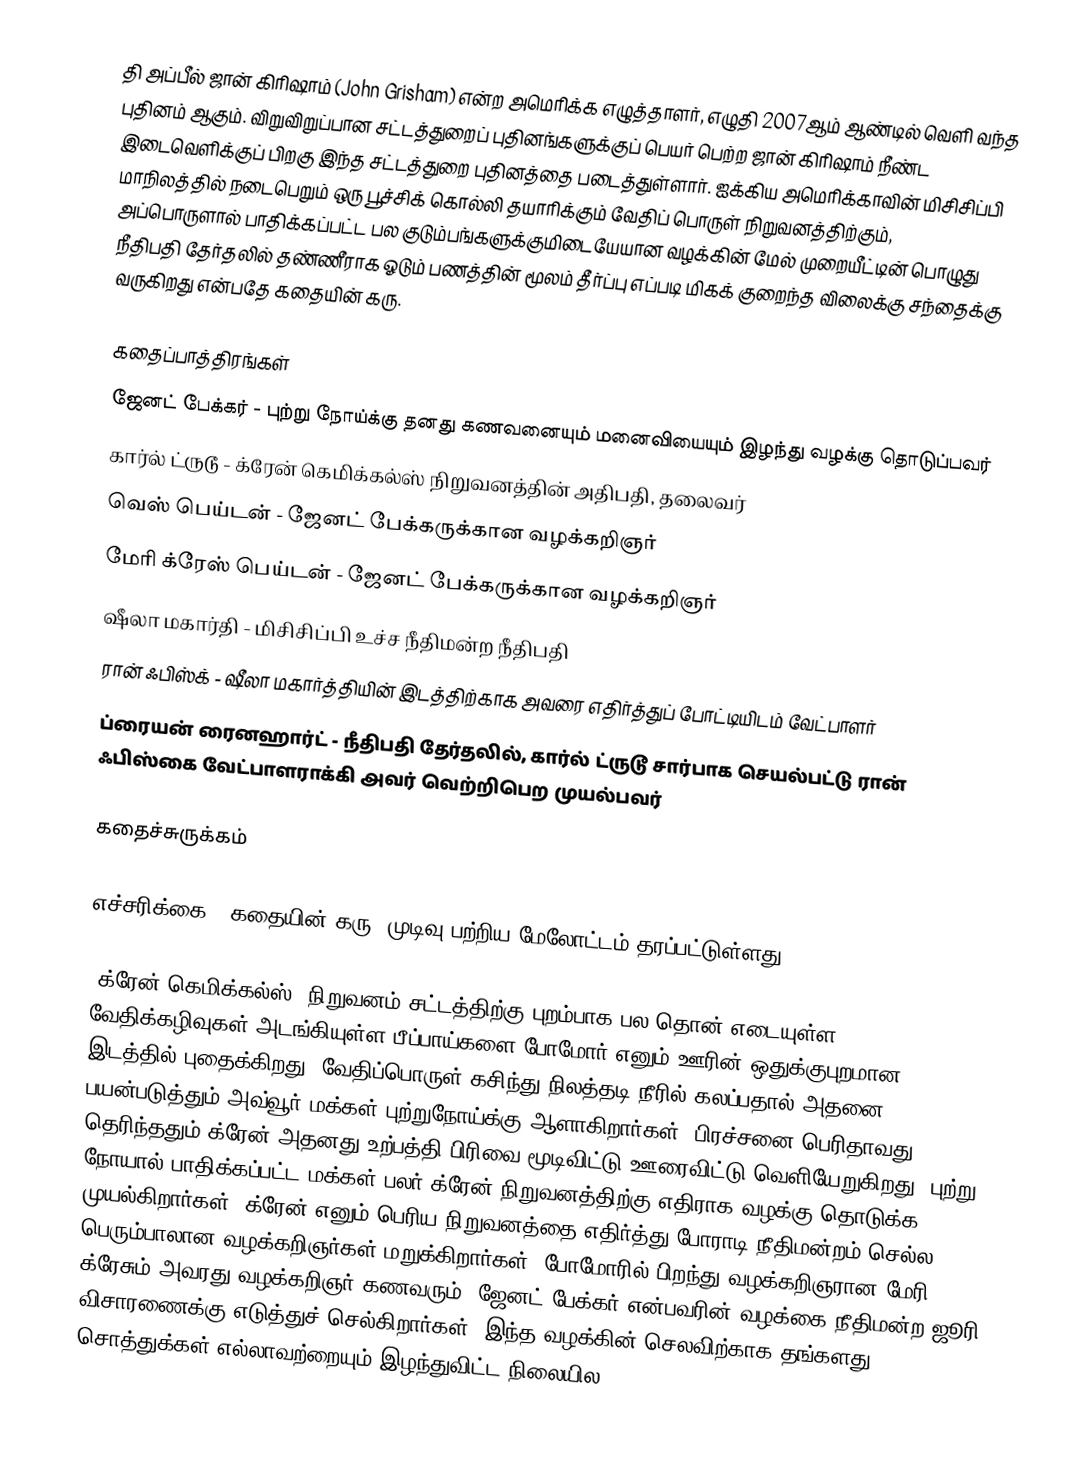
தி அப்பீல் ஜான் கிரிஷாம் (John Grisham) என்ற அமெரிக்க எழுத்தாளர், எழுதி 2007ஆம் ஆண்டில் வெளி வந்த புதினம் ஆகும். விறுவிறுப்பான சட்டத்துறைப் புதினங்களுக்குப் பெயர் பெற்ற ஜான் கிரிஷாம் நீண்ட இடைவெளிக்குப் பிறகு இந்த சட்டத்துறை புதினத்தை படைத்துள்ளார். ஐக்கிய அமெரிக்காவின் மிசிசிப்பி மாநிலத்தில் நடைபெறும் ஒரு பூச்சிக் கொல்லி தயாரிக்கும் வேதிப் பொருள் நிறுவனத்திற்கும், அப்பொருளால் பாதிக்கப்பட்ட பல குடும்பங்களுக்குமிடையேயான வழக்கின் மேல் முறையீட்டின் பொழுது நீதிபதி தேர்தலில் தண்ணீராக ஓடும் பணத்தின் மூலம் தீர்ப்பு எப்படி மிகக் குறைந்த விலைக்கு சந்தைக்கு வருகிறது என்பதே கதையின் கரு.

கதைப்பாத்திரங்கள்
 ஜேனட் பேக்கர் - புற்று நோய்க்கு தனது கணவனையும் மனைவியையும் இழந்து வழக்கு தொடுப்பவர்
 கார்ல் ட்ருடூ - க்ரேன் கெமிக்கல்ஸ் நிறுவனத்தின் அதிபதி, தலைவர்
 வெஸ் பெய்டன் - ஜேனட் பேக்கருக்கான வழக்கறிஞர்
 மேரி க்ரேஸ் பெய்டன் - ஜேனட் பேக்கருக்கான வழக்கறிஞர்
 ஷீலா மகார்தி - மிசிசிப்பி உச்ச நீதிமன்ற நீதிபதி
 ரான் ஃபிஸ்க் - ஷீலா மகார்த்தியின் இடத்திற்காக அவரை எதிர்த்துப் போட்டியிடம் வேட்பாளர்
 ப்ரையன் ரைனஹார்ட் - நீதிபதி தேர்தலில், கார்ல் ட்ருடூ சார்பாக செயல்பட்டு ரான் ஃபிஸ்கை வேட்பாளராக்கி அவர் வெற்றிபெற முயல்பவர்

கதைச்சுருக்கம்

எச்சரிக்கை : கதையின் கரு, முடிவு பற்றிய மேலோட்டம் தரப்பட்டுள்ளது

"க்ரேன் கெமிக்கல்ஸ்" நிறுவனம் சட்டத்திற்கு புறம்பாக பல தொன் எடையுள்ள வேதிக்கழிவுகள் அடங்கியுள்ள பீப்பாய்களை போமோர் எனும் ஊரின் ஒதுக்குபுறமான இடத்தில் புதைக்கிறது. வேதிப்பொருள் கசிந்து நிலத்தடி நீரில் கலப்பதால் அதனை பயன்படுத்தும் அவ்வூர் மக்கள் புற்றுநோய்க்கு ஆளாகிறார்கள். பிரச்சனை பெரிதாவது தெரிந்ததும் க்ரேன் அதனது உற்பத்தி பிரிவை மூடிவிட்டு ஊரைவிட்டு வெளியேறுகிறது. புற்று நோயால் பாதிக்கப்பட்ட மக்கள் பலர் க்ரேன் நிறுவனத்திற்கு எதிராக வழக்கு தொடுக்க முயல்கிறார்கள். க்ரேன் எனும் பெரிய நிறுவனத்தை எதிர்த்து போராடி நீதிமன்றம் செல்ல பெரும்பாலான வழக்கறிஞர்கள் மறுக்கிறார்கள். போமோரில் பிறந்து வழக்கறிஞரான மேரி க்ரேசும் அவரது வழக்கறிஞர் கணவரும், ஜேனட் பேக்கர் என்பவரின் வழக்கை நீதிமன்ற ஜூரி விசாரணைக்கு எடுத்துச் செல்கிறார்கள். இந்த வழக்கின் செலவிற்காக தங்களது சொத்துக்கள் எல்லாவற்றையும் இழந்துவிட்ட நிலையில